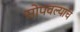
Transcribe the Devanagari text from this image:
सोपवल्याचे